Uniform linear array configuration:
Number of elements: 8
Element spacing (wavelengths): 1
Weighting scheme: hamming
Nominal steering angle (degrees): -60
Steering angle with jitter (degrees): -59.56
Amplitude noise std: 0.05
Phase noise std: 0.05

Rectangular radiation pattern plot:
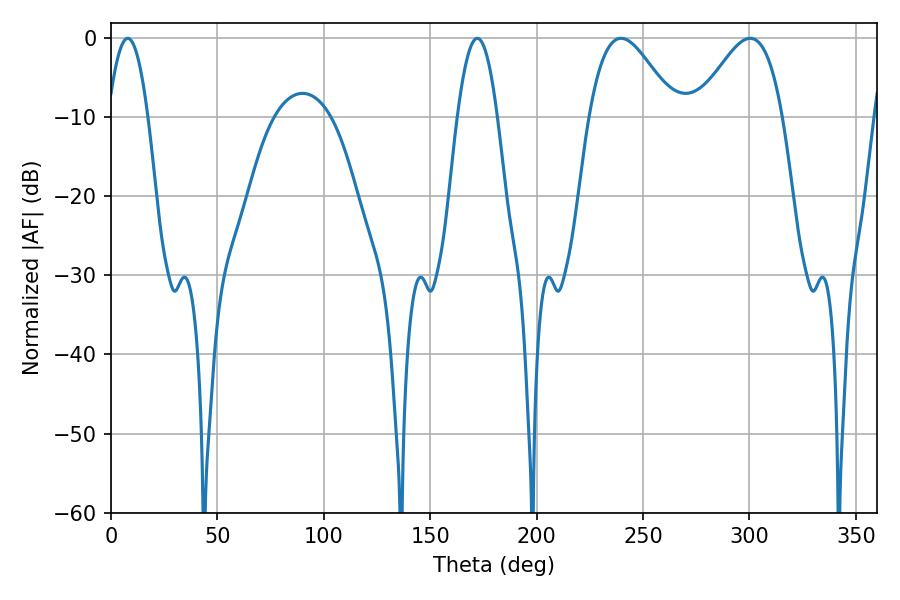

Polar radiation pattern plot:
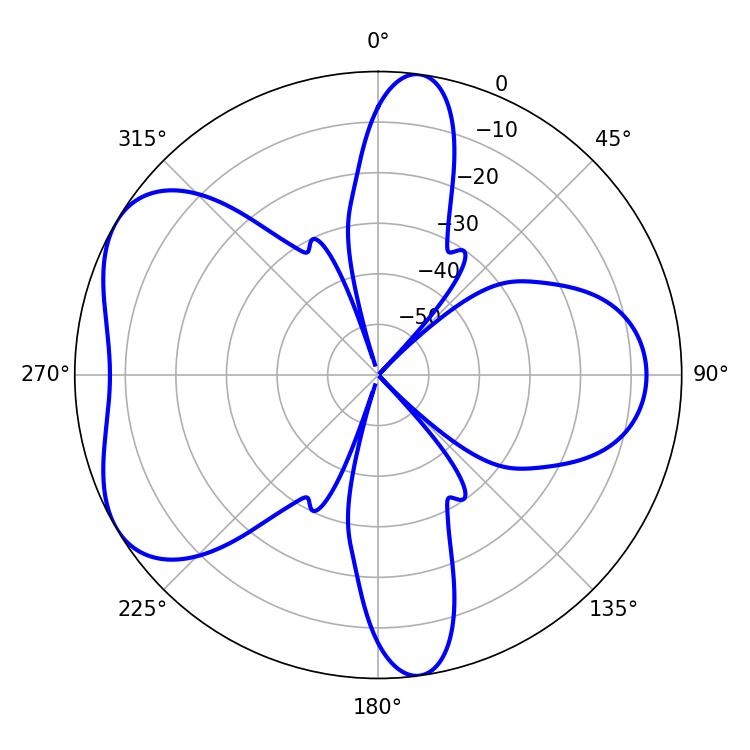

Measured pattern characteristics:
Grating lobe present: TRUE
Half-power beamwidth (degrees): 21.6
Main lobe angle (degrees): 239.58